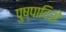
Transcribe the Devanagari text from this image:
पुष्पादिसे